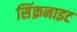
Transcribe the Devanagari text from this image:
सिंक्रनाइट